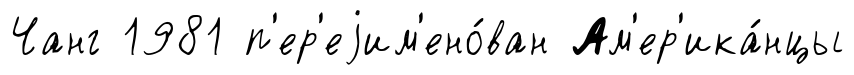
Чанг 1981 п'ер'еjим'ено́ван Ам'ер'ика́нцы